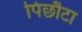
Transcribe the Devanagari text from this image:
पिछौटा